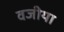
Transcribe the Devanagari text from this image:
वजीया